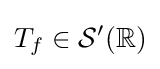
T_{f}\in {\mathcal {S}}'(\mathbb {R} )